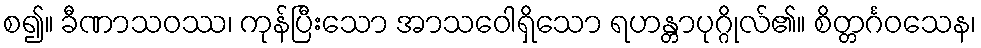
စ၍။ ခီဏာသဝဿ၊ ကုန်ပြီးသော အာသဝေါရှိသော ရဟန္တာပုဂ္ဂိုလ်၏။ စိတ္တင်္ဂဝသေန၊